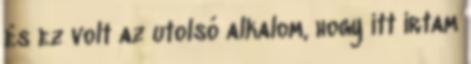
és ez volt az utolsó alkalom, hogy itt irtam